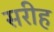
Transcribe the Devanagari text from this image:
सरीह